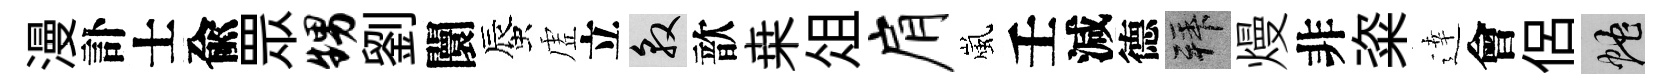
漫訃士兪眾甥劉闤蜃虗立敦歆桒俎肩嵐壬減德拜熳非粢逹會侶蛇